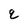
Character: q